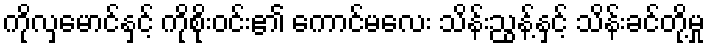
ကိုလှမောင်နှင့် ကိုစိုးဝင်း၏ ကောင်မလေး သိန်းညွန့်နှင့် သိန်းခင်တို့မှု